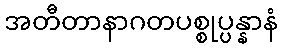
အတီတာနာဂတပစ္စုပ္ပန္နာနံ